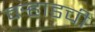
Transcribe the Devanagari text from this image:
वर्‍हाडची